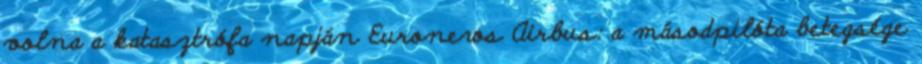
volna a katasztrófa napján Euronews Airbus: a másodpilóta betegsége